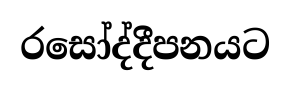
රසෝද්දීපනයට